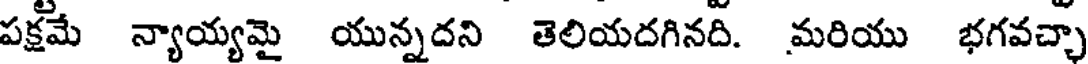
పక్షమే న్యాయ్యమై యున్నదని తెలియదగినది. మరియు భగవచ్చా